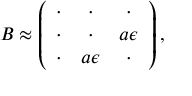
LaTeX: B \approx \left( \begin{array} { c c c } { { \cdot } } & { { \cdot } } & { { \cdot } } \\ { { \cdot } } & { { \cdot } } & { { a \epsilon } } \\ { { \cdot } } & { { a \epsilon } } & { { \cdot } } \end{array} \right) ,